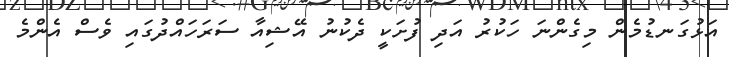
އަޅުގަނޑުމެން މިގެންނަ ހަކުރު އަދި ފުށަކީ ދެކުނު އޭޝިއާ ސަރަހައްދުގައި ވެސް އެންމެ